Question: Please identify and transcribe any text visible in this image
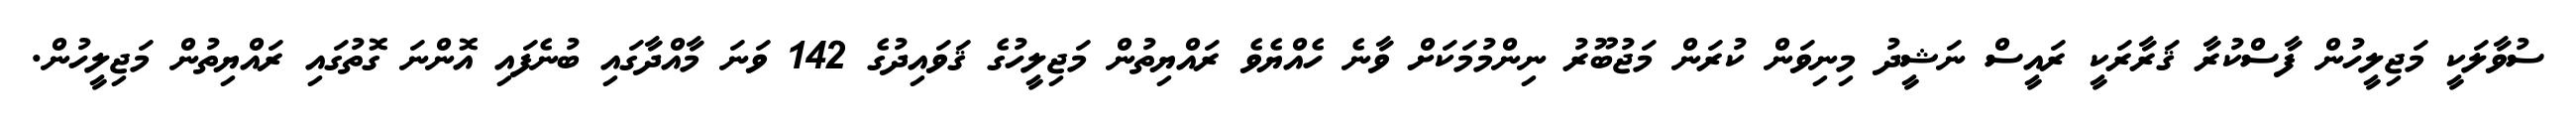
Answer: ސުވާލަކީ މަޖިލީހުން ފާސްކުރާ ޤަރާރަކީ ރައީސް ނަޝީދު މިނިވަން ކުރަން މަޖުބޫރު ނިންމުމަކަށް ވާނެ ހެއްޔެވެ ރައްޔިތުން މަޖިލީހުގެ ޤަވައިދުގެ 142 ވަނަ މާއްދާގައި ބުނެފައި އޮންނަ ގޮތުގައި ރައްޔިތުން މަޖިލީހުން.